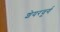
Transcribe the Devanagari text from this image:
शेयरवूर्ग